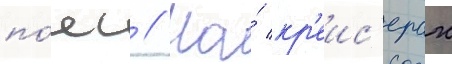
по́яс // На́ кр'еис'ерах